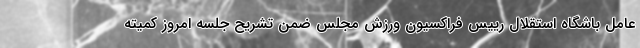
عامل باشگاه استقلال رییس فراکسیون ورزش مجلس ضمن تشریح جلسه امروز کمیته